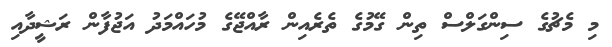
މި މެޗުގެ ސިންގަލްސް ތިން ގޭމުގެ ތެރެއިން ރާއްޖޭގެ މުހައްމަދު އަޖުފާން ރަޝީދާއި